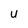
Character: U